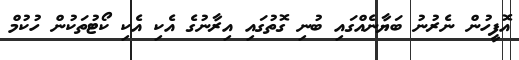
އޮފީހުން ނެރުނު ބަޔާނެއްގައި ބުނި ގޮތުގައި އިރާނުގެ އެކި އެކި ކޯޓުތަކުން ހުކުމް